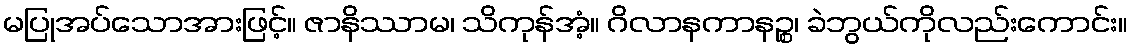
မပြုအပ်သောအားဖြင့်။ ဇာနိဿာမ၊ သိကုန်အံ့။ ဂိလာနကာနဉ္စ၊ ခဲဘွယ်ကိုလည်းကောင်း။